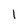
Character: 1